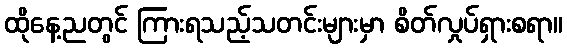
ထိုနေ့ညတွင် ကြားရသည့်သတင်းများမှာ စိတ်လှုပ်ရှားစရာ။